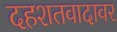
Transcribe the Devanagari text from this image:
दहशतवादावर